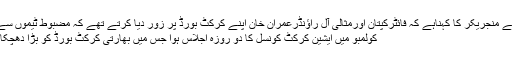
سنجے منجریکر کا کہناہے کہ فائٹرکپتان اورمثالی آل راؤنڈرعمران خان اپنے کرکٹ بورڈ پر زور دیا کرتے تھے کہ مضبوط ٹیموں سے ...
کولمبو میں ایشین کرکٹ کونسل کا دو روزہ اجلاس ہوا جس میں بھارتی کرکٹ بورڈ کو بڑا دھچکا لگا۔